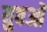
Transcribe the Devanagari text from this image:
युवओं